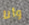
وأنا